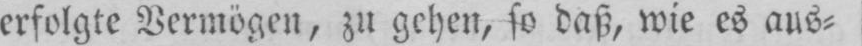
erfolgte Vermögen, zu gehen, so daß, wie es aus⸗